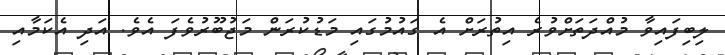
ލިބިފައިވާ މުއްދަތަށްވުރެ އިތުރަށް އެ ގައުމުގައި މަޑުކުރަން މަޖުބޫރުވެފަ އެވެ. އަދި އެކަމާއި